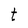
Character: t